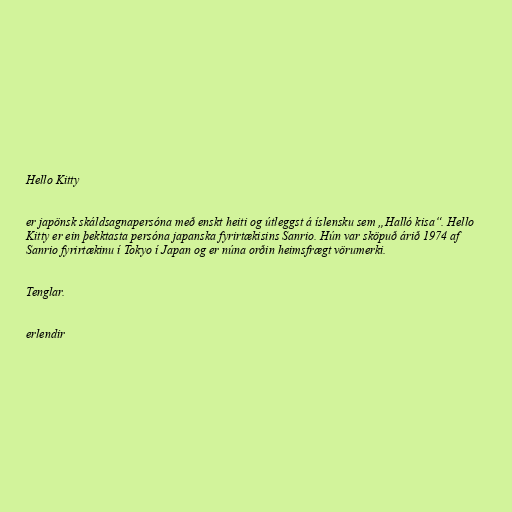
Hello Kitty

er japönsk skáldsagnapersóna með enskt heiti og útleggst á íslensku sem „Halló kisa“. Hello
Kitty er ein þekktasta persóna japanska fyrirtækisins Sanrio. Hún var sköpuð árið 1974 af
Sanrio fyrirtækinu í Tokyo í Japan og er núna orðin heimsfrægt vörumerki.

Tenglar.

erlendir